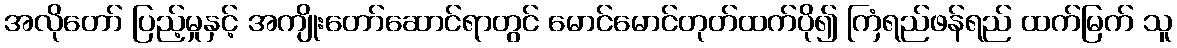
အလိုတော် ပြည့်မှုနှင့် အကျိုးတော်ဆောင်ရာတွင် မောင်မောင်တုတ်ထက်ပို၍ ကြံရည်ဖန်ရည် ထက်မြက် သူ